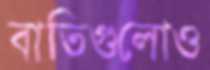
বাতিগুলোও